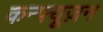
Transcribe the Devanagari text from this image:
कन्फ्यूज़न